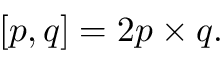
[ p , q ] = 2 p \times q .